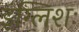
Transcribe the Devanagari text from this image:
इंग्लिशः